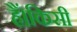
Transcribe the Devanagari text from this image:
हैं।किसी